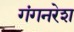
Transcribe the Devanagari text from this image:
गंगनरेश